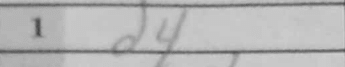
Transcription: d4